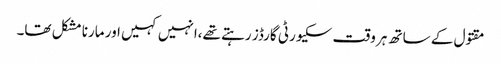
مقتول کے ساتھ ہر وقت سکیورٹی گارڈز رہتے تھے،انہیں کہیں اور مارنا مشکل تھا۔